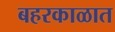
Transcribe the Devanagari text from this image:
बहरकाळात